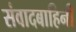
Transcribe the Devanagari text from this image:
संवादबाहिनी